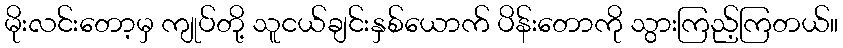
မိုးလင်းတော့မှ ကျုပ်တို့ သူငယ်ချင်းနှစ်ယောက် ပိန်းတောကို သွားကြည့်ကြတယ်။